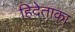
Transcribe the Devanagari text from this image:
हिदेताका